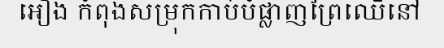
អៀង កំពុងសម្រុកកាប់បំផ្លាញព្រៃឈើនៅ